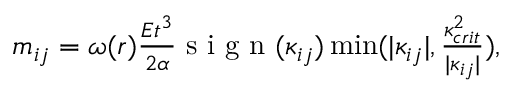
\begin{array} { r } { m _ { i j } = \omega ( r ) \frac { E t ^ { 3 } } { 2 \alpha } \mathrm { ~ s ~ i ~ g ~ n ~ } ( \kappa _ { i j } ) \operatorname* { m i n } ( | \kappa _ { i j } | , \frac { \kappa _ { c r i t } ^ { 2 } } { | \kappa _ { i j } | } ) , } \end{array}